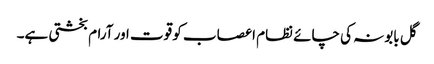
گل بابونہ کی چائے نظام اعصاب کو قوت اور آرام بخشتی ہے۔